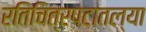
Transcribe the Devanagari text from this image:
रतिचित्रपटातल्या